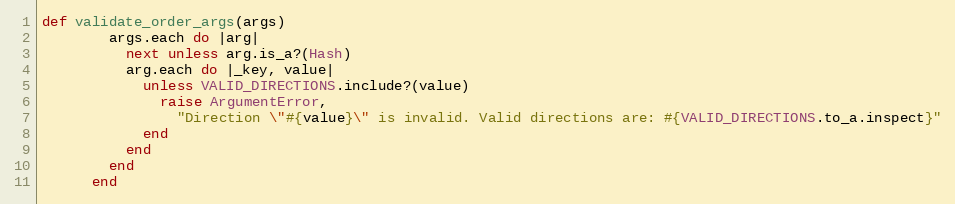
Language: Ruby
def validate_order_args(args)
        args.each do |arg|
          next unless arg.is_a?(Hash)
          arg.each do |_key, value|
            unless VALID_DIRECTIONS.include?(value)
              raise ArgumentError,
                "Direction \"#{value}\" is invalid. Valid directions are: #{VALID_DIRECTIONS.to_a.inspect}"
            end
          end
        end
      end